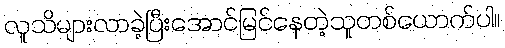
လူသိများလာခဲ့ပြီးအောင်မြင်နေတဲ့သူတစ်ယောက်ပါ။